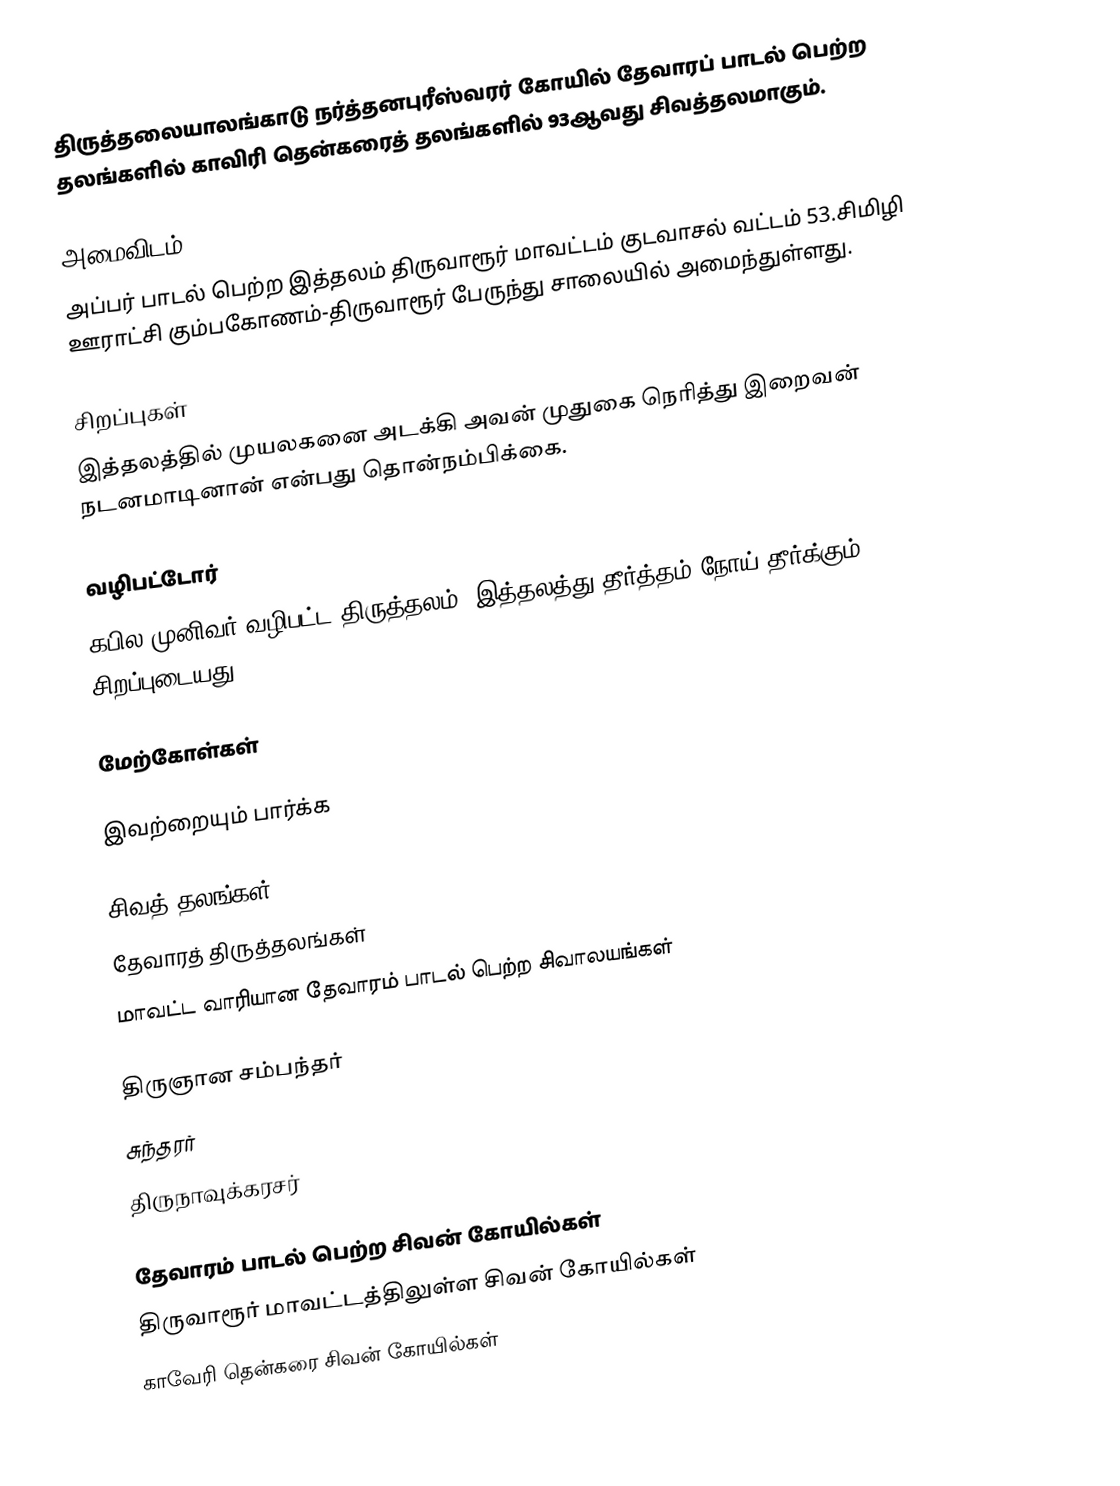
திருத்தலையாலங்காடு நர்த்தனபுரீஸ்வரர் கோயில்   தேவாரப் பாடல் பெற்ற தலங்களில் காவிரி தென்கரைத் தலங்களில் 93ஆவது சிவத்தலமாகும்.

அமைவிடம்
அப்பர் பாடல் பெற்ற இத்தலம் திருவாரூர் மாவட்டம் குடவாசல் வட்டம் 53.சிமிழி ஊராட்சி கும்பகோணம்-திருவாரூர் பேருந்து சாலையில்  அமைந்துள்ளது.

சிறப்புகள்
இத்தலத்தில் முயலகனை அடக்கி அவன் முதுகை நெரித்து இறைவன் நடனமாடினான் என்பது தொன்நம்பிக்கை.

வழிபட்டோர்
கபில முனிவர் வழிபட்ட திருத்தலம். இத்தலத்து தீர்த்தம் நோய் தீர்க்கும் சிறப்புடையது.

மேற்கோள்கள்

இவற்றையும் பார்க்க

 சிவத் தலங்கள்
 தேவாரத் திருத்தலங்கள்
 மாவட்ட வாரியான தேவாரம் பாடல் பெற்ற சிவாலயங்கள்

 திருஞான சம்பந்தர்
 சுந்தரர்
 திருநாவுக்கரசர்

தேவாரம் பாடல் பெற்ற சிவன் கோயில்கள்
திருவாரூர் மாவட்டத்திலுள்ள சிவன் கோயில்கள்
காவேரி தென்கரை சிவன் கோயில்கள்